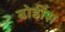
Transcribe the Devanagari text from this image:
बोडींस